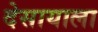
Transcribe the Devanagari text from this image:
देसायाला